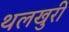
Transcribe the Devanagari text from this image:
थलखुरी